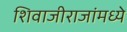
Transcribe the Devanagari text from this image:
शिवाजीराजांमध्ये